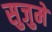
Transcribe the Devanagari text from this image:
सुजुमे